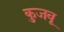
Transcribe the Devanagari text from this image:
कुजवू